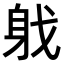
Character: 𨈟